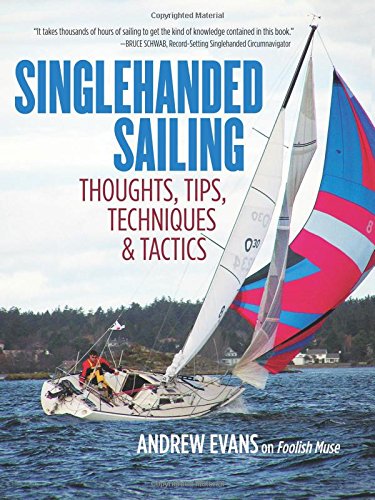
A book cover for Singlehanded Sailing: Thoughts, Tips, Techniques & Tactics; Andrew Evans; Sports & Outdoors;